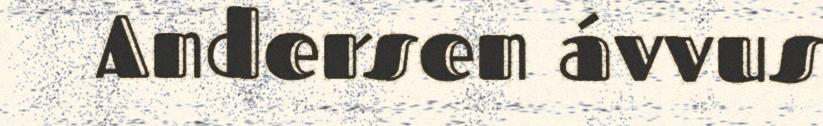
Andersen ávvus